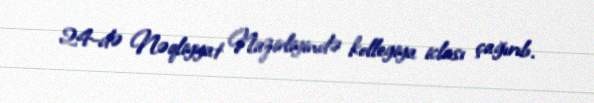
24-də Nəqliyyat Nazirliyində kollegiya iclası çağırıb.